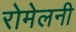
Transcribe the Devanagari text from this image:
रोमेलनी